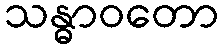
သန္ဓာဝတော